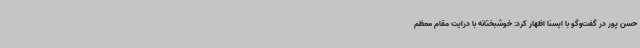
حسن پور در گفت‌وگو با ایسنا اظهار کرد: خوشبختانه با درایت مقام معظم